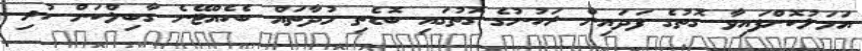
އަމަލުކޮށްފައިވާ ގޮތުގެ ފަދައިން ރަހުނުގެ ގޮތުގައި ބޮޑެތި މުދާތައް ބެހެއްޓޭނެ ގާބިލްކަން ހުރި